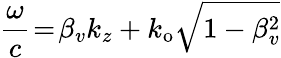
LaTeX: \frac{\omega}{c}\! =\! \beta_{v}k_{z}+k_{\mathrm{o}}\sqrt{1-\beta_{v}^{2}}